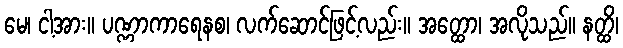
မေ၊ ငါ့အား။ ပဏ္ဏာကာရေနစ၊ လက်ဆောင်ဖြင့်လည်း။ အတ္ထော၊ အလိုသည်။ နတ္ထိ၊